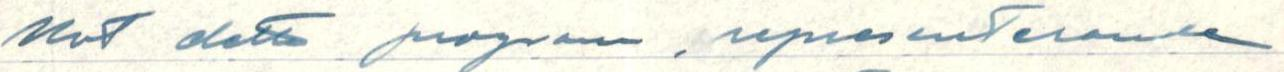
Mot detta program, representerande